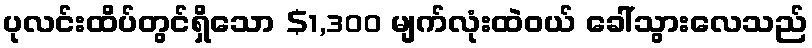
ပုလင်းထိပ်တွင်ရှိသော $1,300 မျက်လုံးထဲဝယ် ခေါ်သွားလေသည်